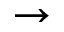
\rightarrow